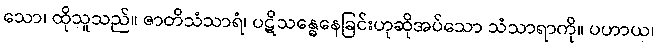
သော၊ ထိုသူသည်။ ဇာတိသံသာရံ၊ ပဋိသန္ဓေနေခြင်းဟုဆိုအပ်သော သံသာရာကို။ ပဟာယ၊